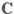
C